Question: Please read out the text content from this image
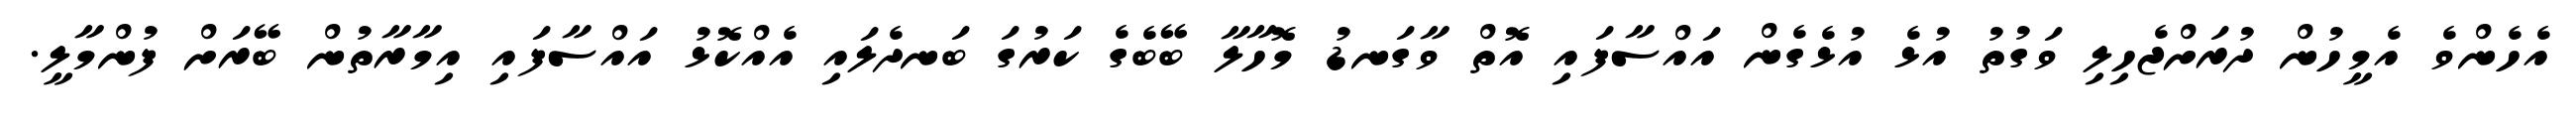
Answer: އެހެންވެ އެމީހުން ދުރަށްޖެހިލި ވަގުތު އުޅެ އުޅެގެން އައްސާފައި އޮތް ވާގަނޑު މޮހާލާ ބޭބެގެ ކަރުގަ ބަނދެލައި އެއްކޮޅު އައްސާފައި އިމާރާތުން ބޭރަށް ފުންމާލީ.